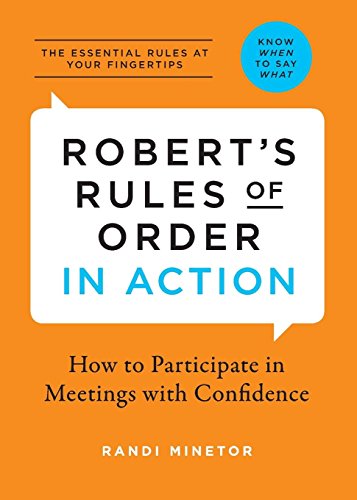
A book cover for Robert's Rules of Order in Action: How to Participate in Meetings with Confidence; Randi Minetor; Business & Money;